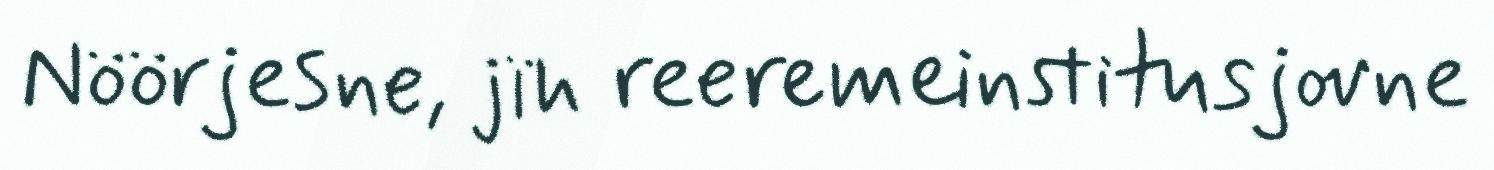
Nöörjesne, jïh reeremeinstitusjovne